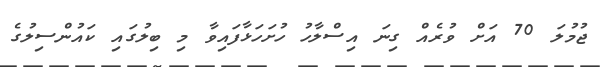
ޖުމުލަ 70 އަށް ވުރެއް ގިނަ އިސްލާހު ހުށަހަޅާފައިވާ މި ބިލުގައި ކައުންސިލުގެ